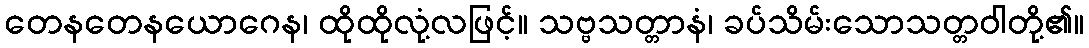
တေနတေနယောဂေန၊ ထိုထိုလုံ့လဖြင့်။ သဗ္ဗသတ္တာနံ၊ ခပ်သိမ်းသောသတ္တဝါတို့၏။